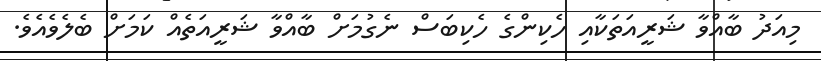
މިއަދު ބާއްވާ ޝަރީއަތަކާއި ހެކިންގެ ހެކިބަސް ނެގުމަށް ބާއްވާ ޝަރީއަތެއް ކަމަށް ބެލެވެއެވެ.